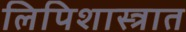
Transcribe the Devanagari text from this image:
लिपिशास्त्रात